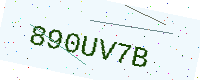
Text: 890UV7B